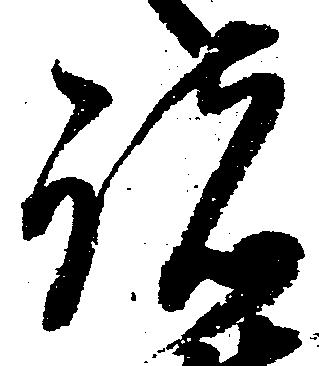
諸